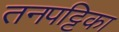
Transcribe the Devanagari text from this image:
तनपट्टिका